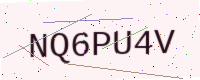
Text: NQ6PU4V